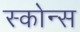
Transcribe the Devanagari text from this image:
स्कोन्स